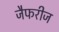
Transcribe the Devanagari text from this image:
जैफरीज